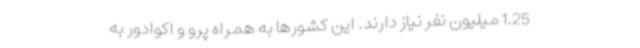
1.25 میلیون نفر نیاز دارند. این کشورها به همراه پرو و اکوادور به